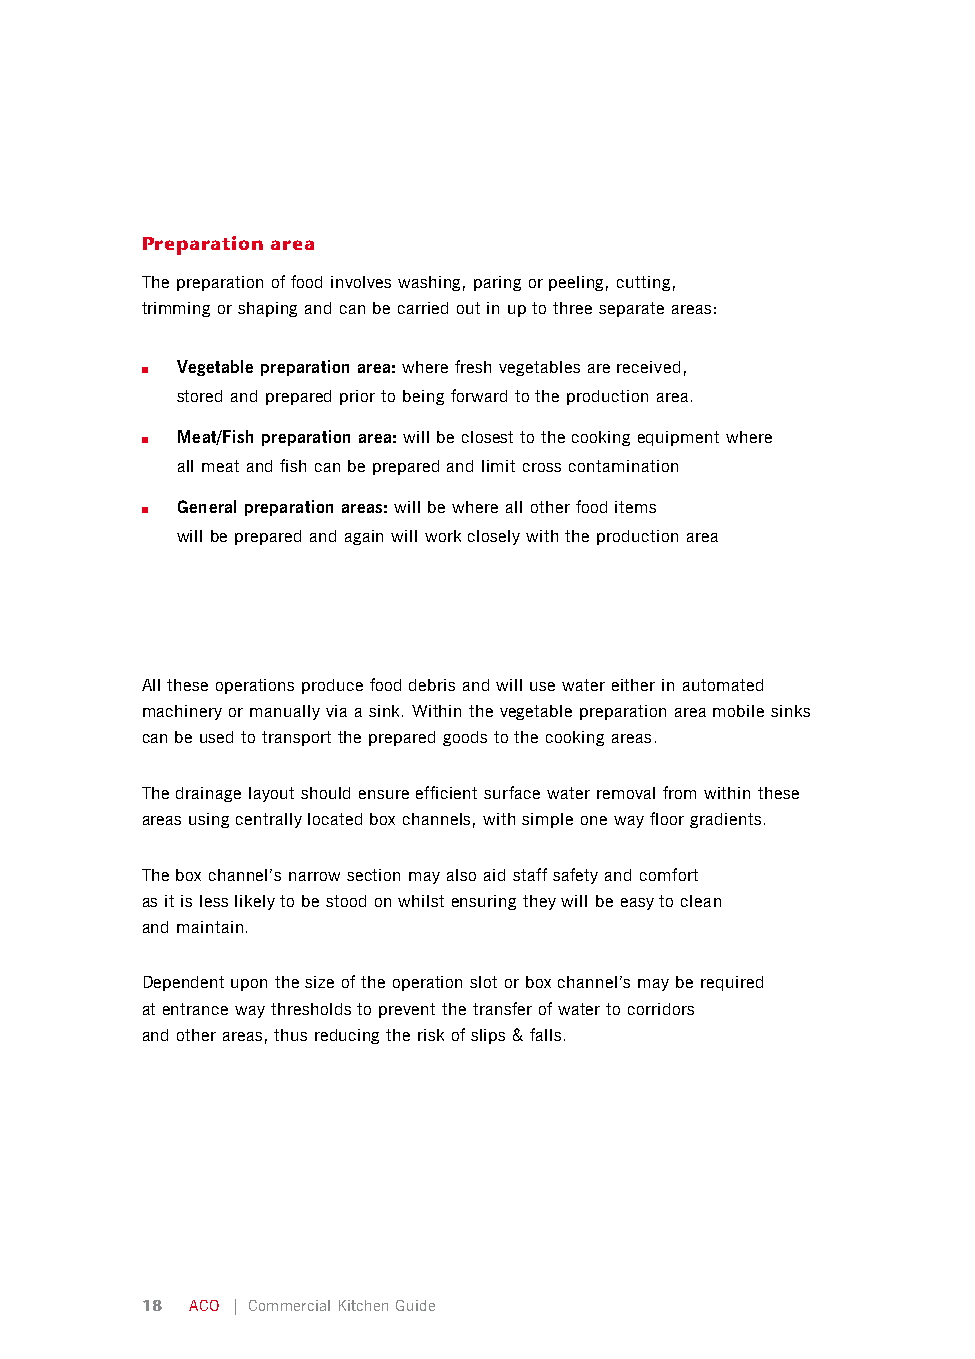
Preparation area
 The preparation of food involves washing, paring or peeling, cutting,
 trimming or shaping and can be carried out in up to three separate areas:
 ■  Vegetable preparation area: where fresh vegetables are received,
 stored and prepared prior to being forward to the production area.
 ■  Meat/Fish preparation area: will be closest to the cooking equipment where
 all meat and fish can be prepared and limit cross contamination
 ■  General preparation areas: will be where all other food items
 will be prepared and again will work closely with the production area
 All these operations produce food debris and will use water either in automated
 machinery or manually via a sink. Within the vegetable preparation area mobile sinks
 can be used to transport the prepared goods to the cooking areas.
 The drainage layout should ensure efficient surface water removal from within these
 areas using centrally located box channels, with simple one way floor gradients.
 The box channel’s narrow section may also aid staff safety and comfort
 as it is less likely to be stood on whilst ensuring they will be easy to clean
 and maintain.
 Dependent upon the size of the operation slot or box channel’s may be required
 at entrance way thresholds to prevent the transfer of water to corridors
 and other areas, thus reducing the risk of slips & falls.
 18  ACO | Commercial Kitchen Guide